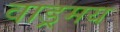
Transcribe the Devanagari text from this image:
वाड्रमय